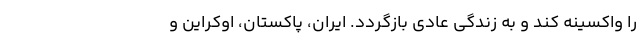
را واکسینه کند و به زندگی عادی بازگردد. ایران، پاکستان، اوکراین و